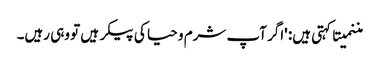
مننمیتا کہتی ہیں: 'اگر آپ شرم و حیا کی پیکر ہیں تو وہی رہیں۔